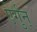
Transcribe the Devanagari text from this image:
ऐर्गुन्